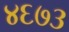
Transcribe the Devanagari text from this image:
४६७३